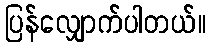
ပြန်လျှောက်ပါတယ်။